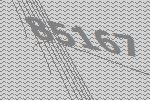
85167